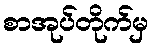
စာအုပ်တိုက်မှ